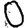
Digit: 0